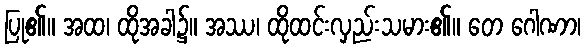
ပြု၏။ အထ၊ ထိုအခါ၌။ အဿ၊ ထိုထင်းလှည်းသမား၏။ တေ ဂေါဏာ၊